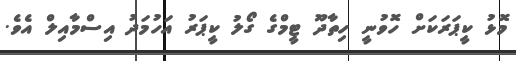
މޮޅު ކީޕަރަކަށް ހޮވުނީ ހިތާދޫ ޓީމްގެ ގޯލު ކީޕަރު އަހުމަދު އިސްމާއިލް އެވެ.